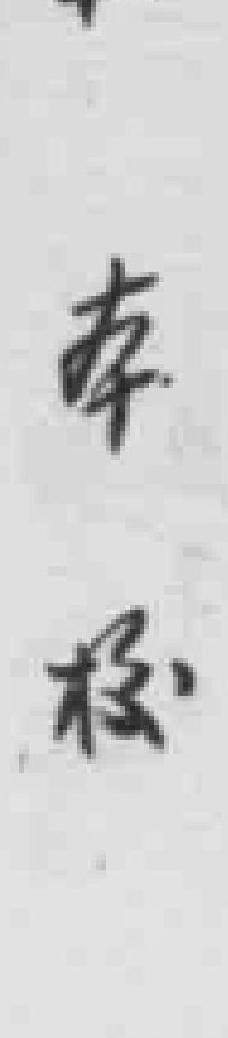
本校